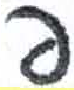
אות: פ